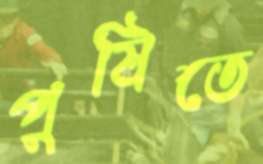
পুষিতে